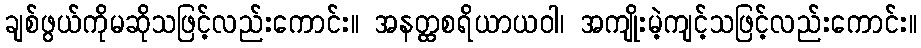
ချစ်ဖွယ်ကိုမဆိုသဖြင့်လည်းကောင်း။ အနတ္ထစရိယာယဝါ၊ အကျိုးမဲ့ကျင့်သဖြင့်လည်းကောင်း။